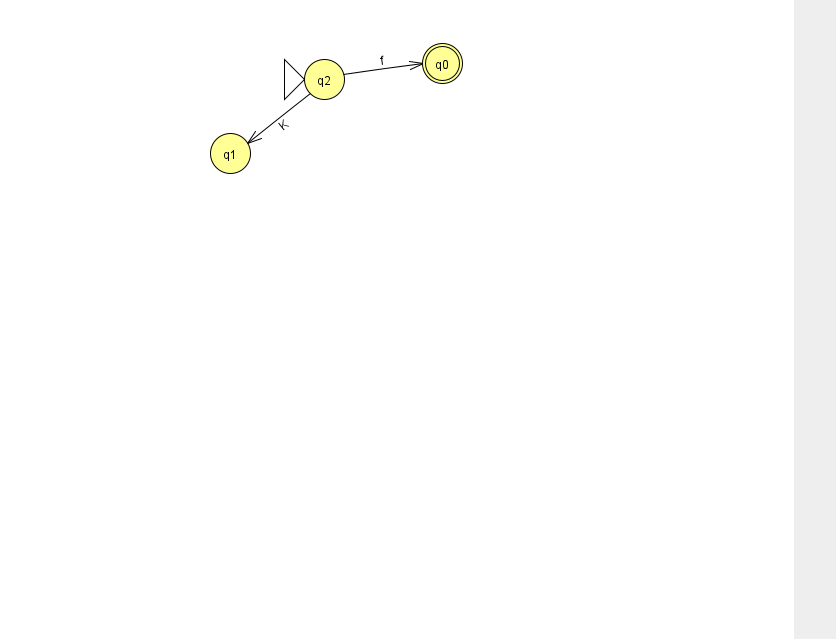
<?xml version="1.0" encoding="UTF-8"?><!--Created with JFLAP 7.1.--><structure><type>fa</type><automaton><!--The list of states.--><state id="0" name="q0"><x>442.0</x><y>50.0</y><final/></state><state id="1" name="q1"><x>230.0</x><y>140.0</y></state><state id="2" name="q2"><x>324.0</x><y>66.0</y><initial/></state><!--The list of transitions.--><transition><from>2</from><to>0</to><read>f</read></transition><transition><from>2</from><to>1</to><read>K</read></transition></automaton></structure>